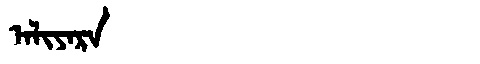
Manchu: ᠠᠯᡳᠶᠠᡵᠠ
Romanization: ALIYARA